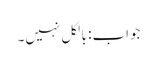
جواب: بالکل نہیں۔